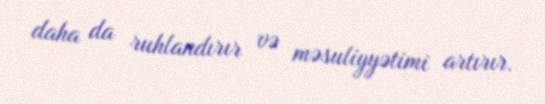
daha da ruhlandırır və məsuliyyətimi artırır.